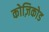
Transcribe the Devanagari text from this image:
कोज़िकोड